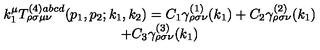
\begin{array} { c } { k _ { 1 } ^ { \mu } T _ { \rho \sigma \mu \nu } ^ { ( 4 ) a b c d } ( p _ { 1 } , p _ { 2 } ; k _ { 1 } , k _ { 2 } ) = C _ { 1 } \gamma _ { \rho \sigma \nu } ^ { ( 1 ) } ( k _ { 1 } ) + C _ { 2 } \gamma _ { \rho \sigma \nu } ^ { ( 2 ) } ( k _ { 1 } ) } \\ { + C _ { 3 } \gamma _ { \rho \sigma \nu } ^ { ( 3 ) } ( k _ { 1 } ) } \\ \end{array}